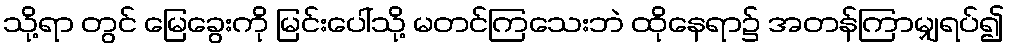
သို့ရာ တွင် မြေခွေးကို မြင်းပေါ်သို့ မတင်ကြသေးဘဲ ထိုနေရာ၌ အတန်ကြာမျှရပ်၍